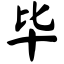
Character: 毕